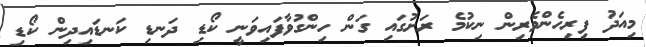
މިއަދު ފިރިހެންވެރިން ނިކުމެ ރަށުގައި ގަން ހިންގުވާފައިވަނީ ކޯޑި ދަނޑި ކަނޑައިދިން ކޯޑި